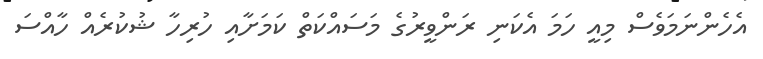
އެހެންނަމަވެސް މިއީ ހަމަ އެކަނި ރަންވީރުގެ މަސައްކަތް ކަމަށާއި ހުރިހާ ޝުކުރެއް ހާއްސަ